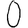
Digit: 0